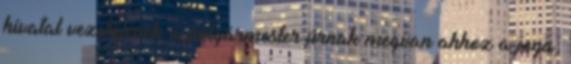
hivatal vezetőjének a polgármester úrnak megvan ahhoz a joga,